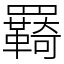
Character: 羇